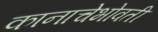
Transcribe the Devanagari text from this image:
कानाचेभोवती